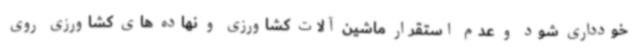
خودداری شود و عدم استقرار ماشین آلات کشاورزی و نهاده های کشاورزی روی